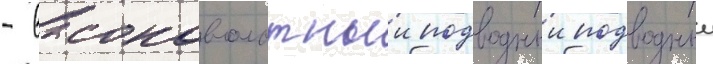
- высоковольтныи подводныи подводныи